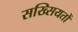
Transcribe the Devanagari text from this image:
सख्सियतों